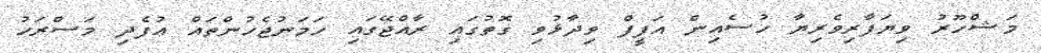
މަޝްހޫރު ވިޔަފާރިވެރިޔާ ހުސެއިން އަފީފް ވިދާޅުވި ގޮތުގައި ރާއްޖޭގައި ހަމަނުޖެހުންތައް އުފެދި މަސްރަހު